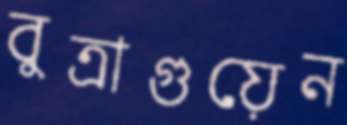
বুত্রাগুয়েন